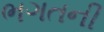
ભગતની